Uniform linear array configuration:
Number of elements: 8
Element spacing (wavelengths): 0.75
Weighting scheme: uniform
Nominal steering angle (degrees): -30
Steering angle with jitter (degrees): -29.279
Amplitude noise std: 0.05
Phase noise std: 0.05

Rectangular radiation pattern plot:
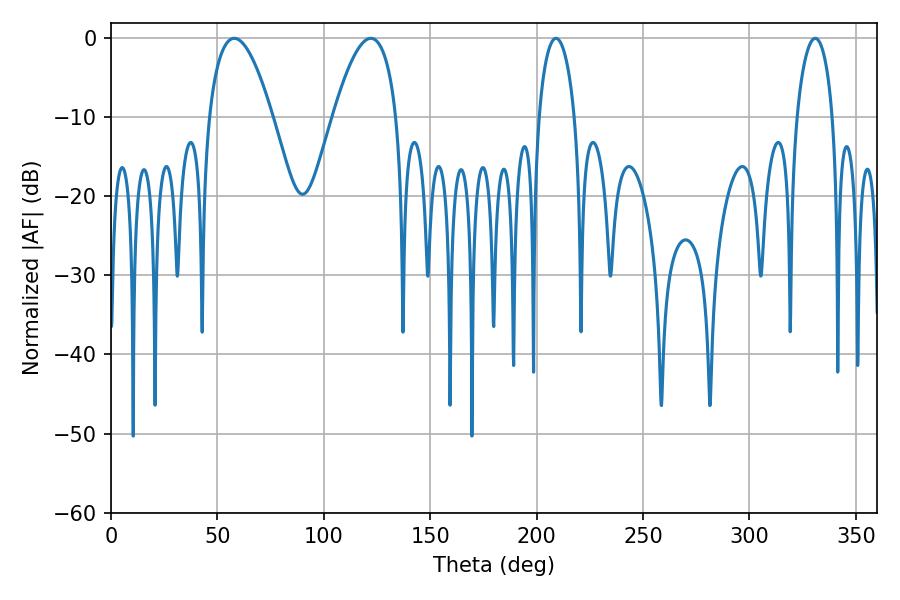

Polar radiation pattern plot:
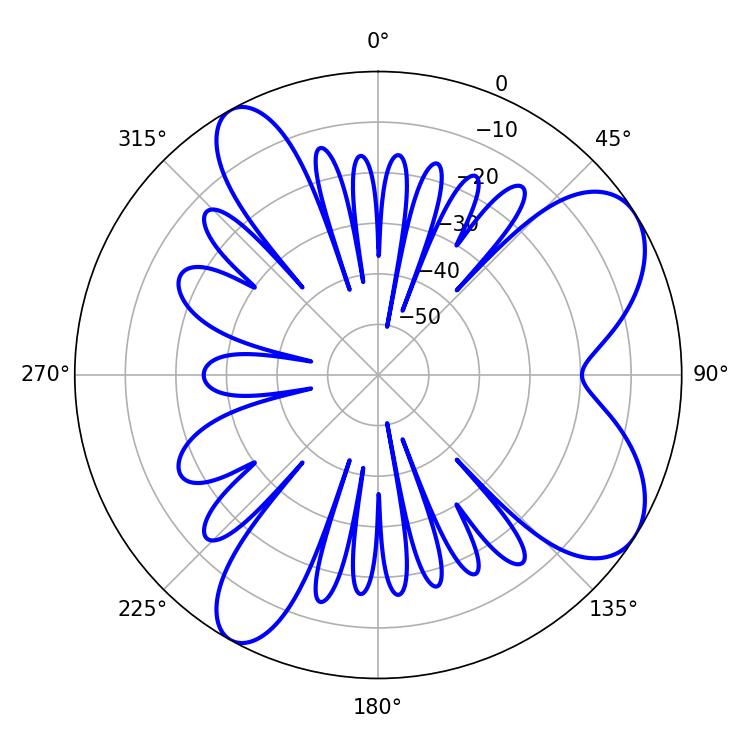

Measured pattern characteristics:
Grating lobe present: TRUE
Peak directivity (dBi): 7.582
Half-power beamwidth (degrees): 16.38
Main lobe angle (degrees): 57.96